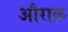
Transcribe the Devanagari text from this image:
औराक़